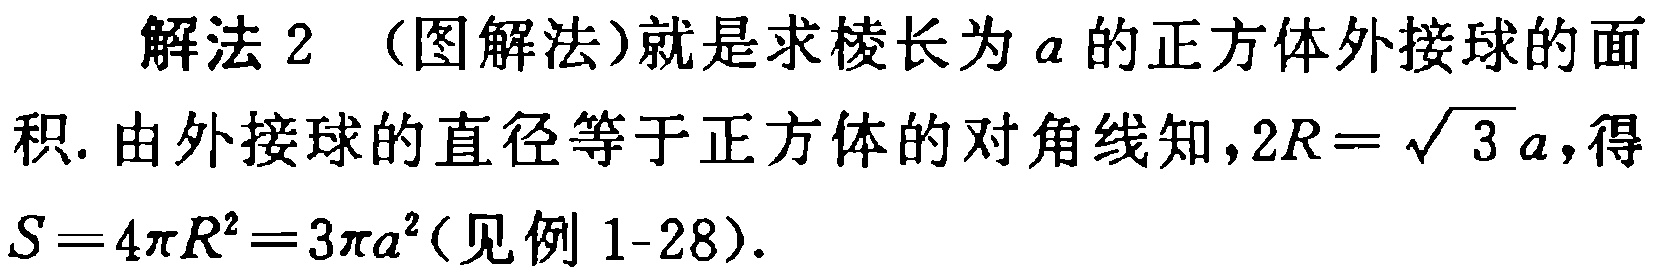
解法 2 （图解法）就是求棱长为 \(a\) 的正方体外接球的面
积. 由外接球的直径等于正方体的对角线知，\(2R = \sqrt{3}a\)，得
\(S = 4\pi R^{2}=3\pi a^{2}\)（见例 1-28）.